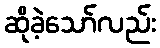
ဆိုခဲ့သော်လည်း